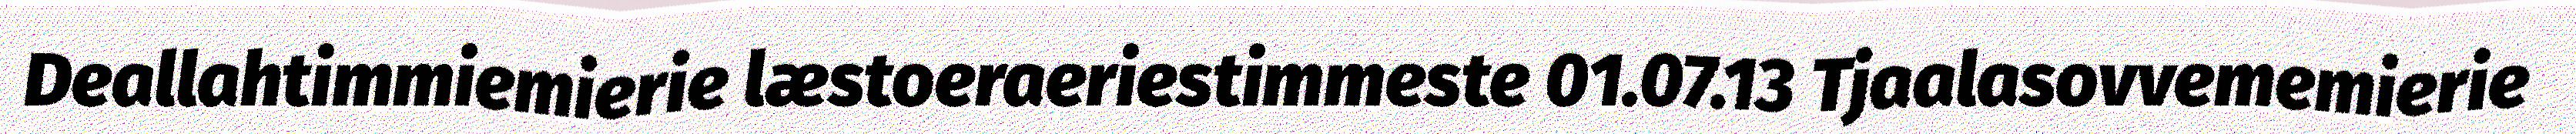
Deallahtimmiemierie læstoeraeriestimmeste 01.07.13 Tjaalasovvememierie